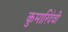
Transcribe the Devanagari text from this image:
कुमारिदेवी